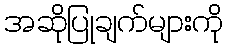
အဆိုပြုချက်များကို